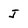
Character: J